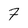
Character: 7